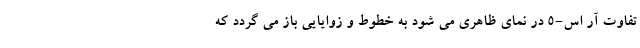
تفاوت آر اس-5 در نمای ظاهری می شود به خطوط و زوایایی باز می گردد که